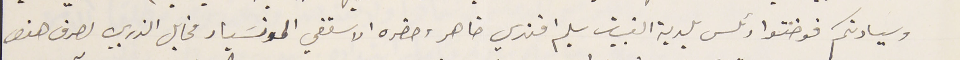
وسيادتكم فوضتوا رئىس بلدية القبيات سليم افندي ضاهر وحضره الاسقفي المونسَيار مخايل الذربي لصرف هذه